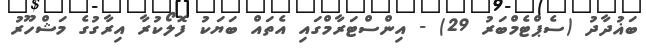
ބަޣުދާދު (ސެޕްޓެމްބަރު 29) - އިންސްޓަރާމްގައި އެތައް ބަޔަކު ފޮލޯކުރާ އިރާގުގެ މަޝްހޫރު